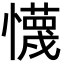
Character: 懱